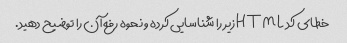
خطای کد HTML زیر را شناسایی کرده و نحوه رفع آن را توضیح دهید.